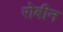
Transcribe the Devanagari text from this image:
रोबीन